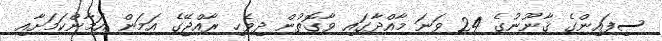
ސިފައިންގެ ޤާނޫނުގެ 24 ވަނަ މާއްދާގައި ވާގޮތުން ދިވެހި ރާއްޖޭގެ އަމަން އަމާންކަމަށާއި